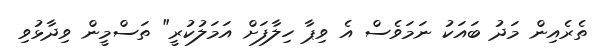
ތެރެއިން މަދު ބައަކު ނަމަވެސް އެ ވިޕާ ހިލާފަށް އަމަލުކުރީ" ތަސްމީން ވިދާޅުވި